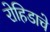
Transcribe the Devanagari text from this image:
रोहिडाचे